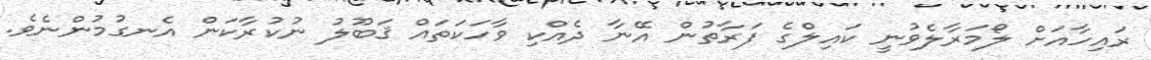
ރައިހާއަށް ލޯމަރާލެވުނީ ކައިލްގެ ފަރާތުން އޭނާ ދެއްކި ވާހަކަތައް ޤަބޫލު ނުކުރާކަން އެނގުމުންނެވެ.